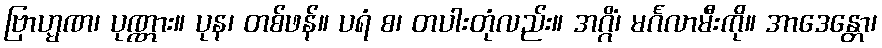
ဗြာဟ္မဏ၊ ပုဏ္ဏား။ ပုန၊ တစ်ဖန်။ ပရံ စ၊ တပါးတုံလည်း။ အဂ္ဂိံ၊ မင်္ဂလာမီးကို။ အာဒေန္တော၊